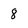
Character: 8